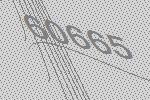
60665